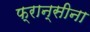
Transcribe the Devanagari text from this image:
फ्रान्सीना